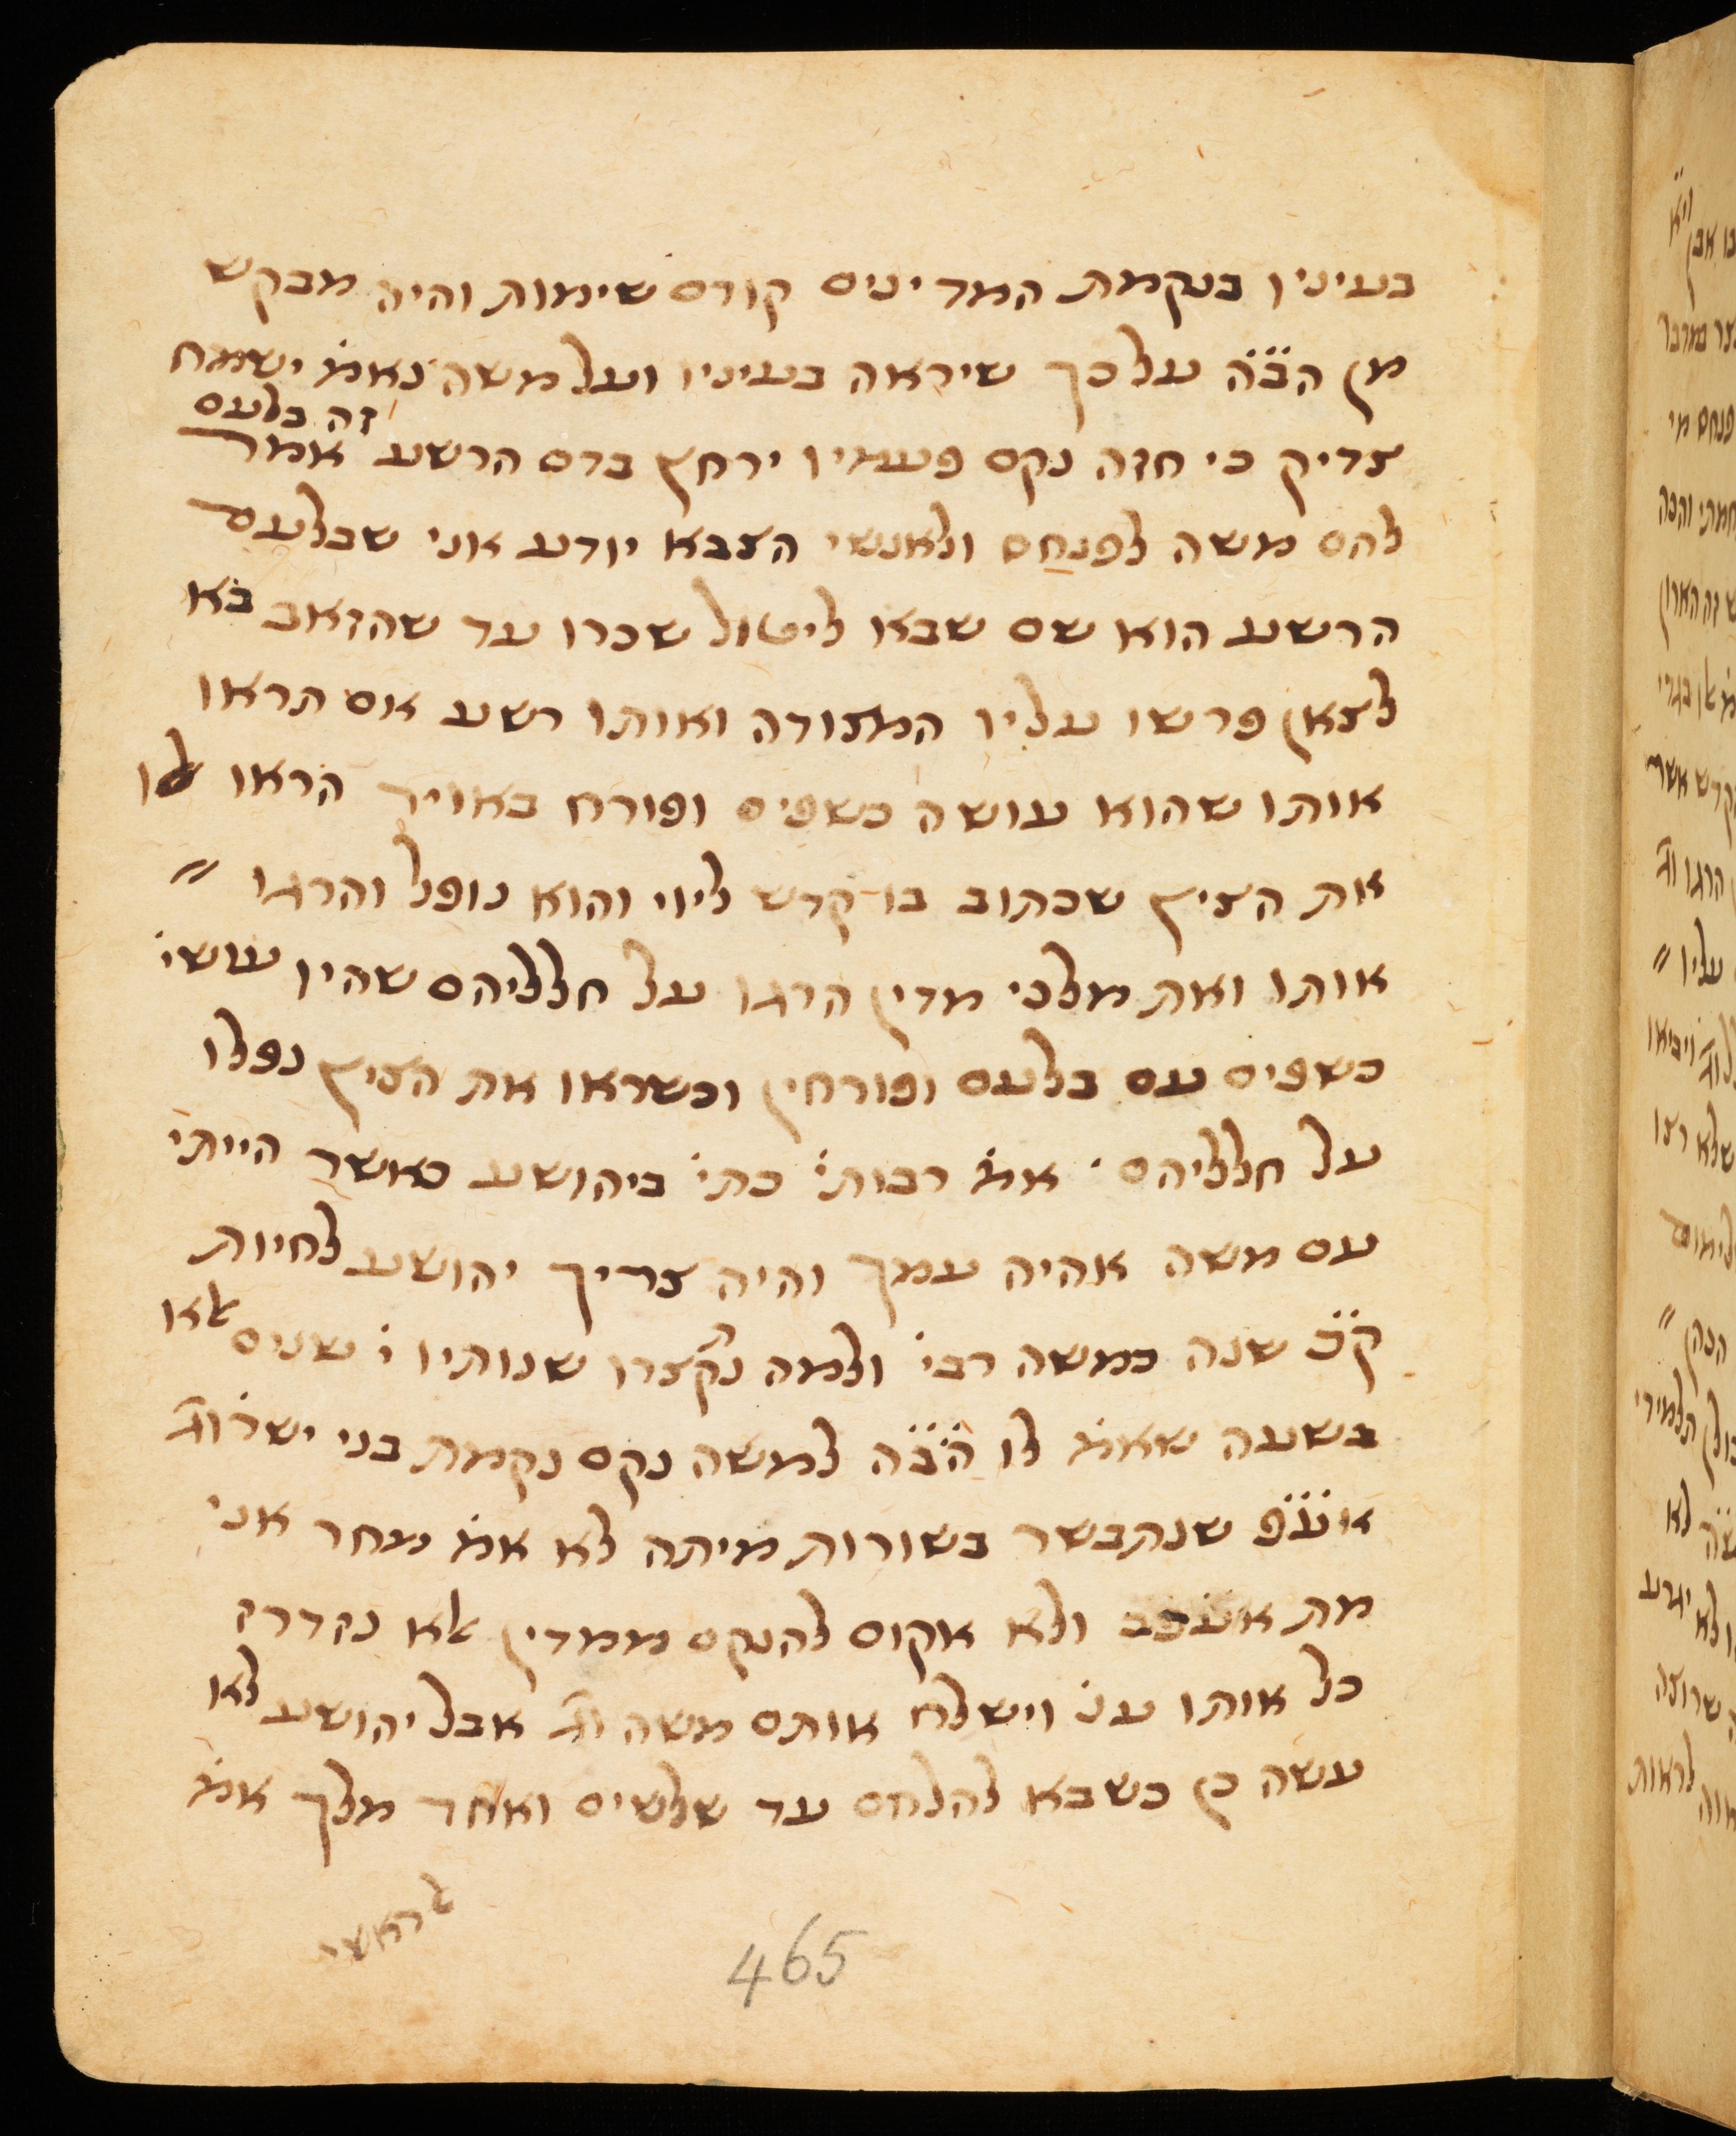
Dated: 1300–1399